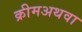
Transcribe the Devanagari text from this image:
क्रीमअथवा